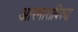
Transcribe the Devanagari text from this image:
आरमाराविरुद्ध